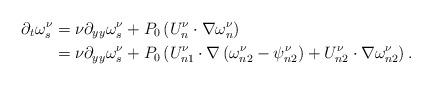
LaTeX: \begin{align*}\partial_{t}\omega_{s}^{\nu} & =\nu\partial_{yy}\omega_{s}^{\nu}+P_{0}\left(U_{n}^{\nu}\cdot\nabla\omega_{n}^{\nu}\right) \\& =\nu\partial_{yy}\omega_{s}^{\nu}+P_{0}\left( U_{n1}^{\nu}\cdot\nabla\left( \omega_{n2}^{\nu}-\psi_{n2}^{\nu}\right) +U_{n2}^{\nu}\cdot\nabla\omega_{n2}^{\nu}\right) .\end{align*}